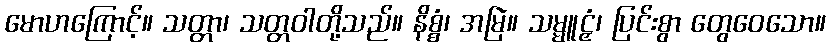
မောဟကြောင့်။ သတ္တာ၊ သတ္တဝါတို့သည်။ နိစ္စံ၊ အမြဲ။ သမ္မူဠှံ၊ ပြင်းစွာ တွေဝေသော။